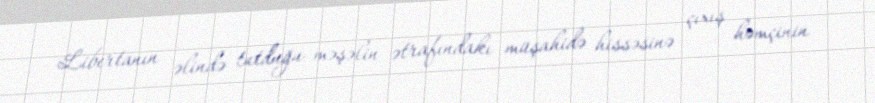
Libertanın əlində tutduğu məşəlin ətrafındakı müşahidə hissəsinə çıxış həmçinin